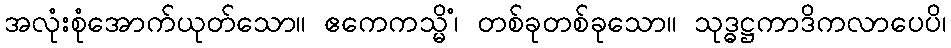
အလုံးစုံအောက်ယုတ်သော။ ဧကေကသ္မိံ၊ တစ်ခုတစ်ခုသော။ သုဒ္ဓဋ္ဌကာဒိကလာပေပိ၊